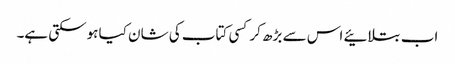
اب بتلائیے اس سے بڑھ کر کسی کتاب کی شان کیا ہوسکتی ہے۔